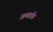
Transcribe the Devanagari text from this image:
अमाडोर